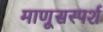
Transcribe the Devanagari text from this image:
माणूसस्पर्श